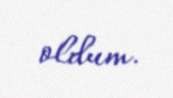
oldum.